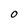
Character: O